Cholera in India, 1862 to 1881
Year: 1862
Disease focus: Cholera
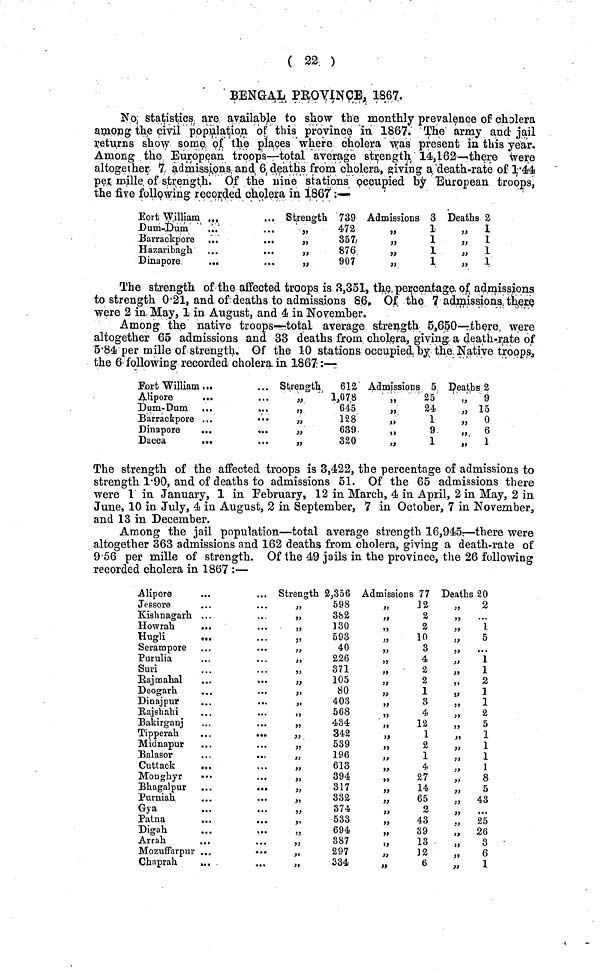
( 22 )
BENGAL PROVINCE, 1867.
No statistics are available to show the monthly prevalence of cholera
among the civil population of this province in 1867. The army and jail
returns show some of the places where cholera was present in this year.
Among the European troops—total average strength 14,162—there were
altogether 7 admissions and 6 deaths from cholera, giving a death-rate of 14·4
per mille of strength. Of the nine stations occupied by European troops,
the five following recorded cholera in 1867 :—
Eort William ...
Dum-Dum
Barrackpore ..
...
Hazaribagh
Dinapore
..
Strength 739
„
472
,, 357
,, 876
,, 907
Admissions 3
,, 1
,, 1
,, 1
,, 1
Deaths 2
,, 1
,, 1
„ 1
,, 1
The strength of the affected troops is 3,351, the percentage of admissions
to strength 0·21, and of deaths to admissions 86. Of the 7 admissions there
were 2 in May, 1 in August, and 4 in November.
Among the native troops—total average strength 5,650—there were
altogether 65 admissions and 33 deaths from cholera, giving a death-rate of
5·84 per mille of strength. Of the 10 stations occupied by the Native troops e
the 6 following recorded cholera in 1867 :—
Fort William ...
Alipore
...
Dum-Dum ...
Barrackpore ...
Dinapore
...
Dacca
...
Strength
612
,, 1,078
„
645
,, 128
„
639
„
320
Admissions 5
25
24
1
9
1
Deaths 2
υ
9
„ 15
,, 0
,, 6
,, 1
The strength of the affected troops is 3,422, the percentage of admissions to
strength 1·90, and of deaths to admissions 51. Of the 65 admissions there
were 1 in January, 1 in February, 12 in March, 4 in April, 2 in May, 2 in
June, 10 in July, 4 in August, 2 in September, 7 in October, 7 in November,
and 13 in December.
Among the jail population—total average strength 16,945—there were
altogether 363 admissions and 162 deaths from cholera, giving a death-rate of
9·56 per mille of strength. Of the 49 jails in the province, the 26 following
recorded cholera in 1867 :—
Alipore
Jessore
Kishnagarh ...
Howrah
...
Hugli
...
Serampore . .
Purulia
Suri
Rajmahal
Deogarh . . .
Dinajpur
. .
..
Rajshahi
Bakirganj
Tipperah
. .
·.
Midnapur
Balasor
. .
Cuttack
. .
Moughyr
· ·
Bhagalpur
Purniah
Gya
Patna
Digah
. .
Arrah
Mozuffarpur ...
Chaprah
...
Strength 2,356
„
598
,, 382
,, 130
„
593
,, 40
,, 226
,, 371
,, 105
,, 80
,, 403
„
568
,, 434
,, 342
„
539
,, 196
,, 613
,, 394
,, 317
,, 332
,, 374
„
533
„
694
,, 387
,, 297
,, 334
Admissions 77
,, 12
,, 2
,, 2
,, 10
,, 3
,, 4
,, 2
,, 2
,, 1
,, 8
,, 4
,, 12
,, 1
,, 2
,, 1
,, 4
,, 27
,, 14
,, 65
,, 2
,, 43
,, 39
,, 13
,, 12
,, 6
Deaths 20
,,
2
,,
,, 1
,, 5
,, ···
,, 1
,, 1
,, 2
,, 1
„ 1
,, 2
,, 5
,, 1
,, 1
,, 1
,, 1
,, 8
,, 5
„ 43
,, . . .
,, 3
,, 6
,, 1